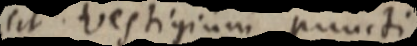
sit vestigium puncti